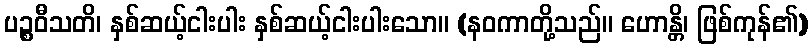
ပဉ္စဝီသတိ၊ နှစ်ဆယ့်ငါးပါး နှစ်ဆယ့်ငါးပါးသော။ (နဝကာတို့သည်။ ဟောန္တိ၊ ဖြစ်ကုန်၏)